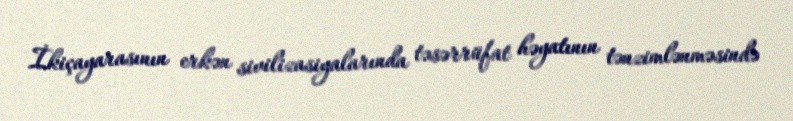
İkiçayarasının erkən sivilizasiyalarında təsərrüfat həyatının tənzimlənməsində